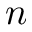
n